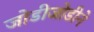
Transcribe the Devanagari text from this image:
जोडीजोडीने